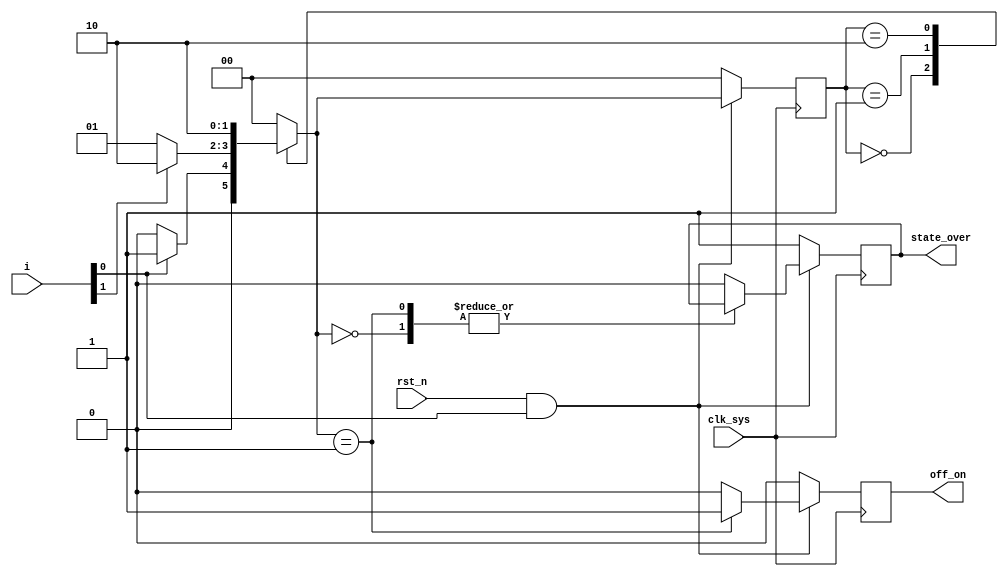
// off_on_state.v
module off_on_state(
                    clk_sys,
                    rst_n,
                    i,
                    off_on,
                    state_over
                   );

input clk_sys;
input rst_n;
input [1:0] i;

output off_on;
output state_over;

reg [1:0] ns;
reg [1:0] cs;

reg off_on;
reg state_over;

parameter [1:0] IDLE = 2'b00,
                S1   = 2'b01,
                S2   = 2'b10;

wire en;

assign en = rst_n & i[0];

always @ (posedge clk_sys)
    begin
         if (en == 1'b0)
             cs <= IDLE;
         else
             cs <= ns;
    end

always @ (cs or i)
    begin
         //ns = 2'bx;
         case (cs)
             IDLE:
                 begin
                      if (i[0] == 1'b1)
                          ns = S1;
                      else
                          ns = IDLE;
                 end
             S1:
                 begin
                      if (i[1] == 1'b1)
                          ns = S2;
                      else
                          ns = S1;
                 end
             S2:
                 begin
                      ns =S2;
                 end
             default:
                 ns = IDLE;
         endcase
    end

always @ (posedge clk_sys)
    begin
         if (en == 1'b0)
             begin
                  off_on     <= 1'b0;
                  state_over <= 1'b1;
             end
         else
             begin
                  //off_on <= 1'b0;
                  case (ns)
                      IDLE:
                          off_on <= 1'b0;
                      S1:
                          off_on <= 1'b1;
                      S2:
                          begin
                               off_on     <= 1'b0;
                               state_over <= 1'b0;
                          end
                      default:
                          begin
                               off_on     <= 1'b0;
                               state_over <= 1'b0;
                          end
                  endcase
             end
    end

endmodule